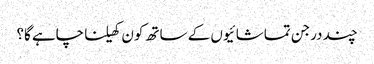
چند درجن تماشائیوں کے ساتھ کون کھیلنا چاہے گا؟